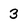
Character: 3